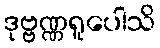
ဒုဗ္ဗဏ္ဏရူပေါသိ